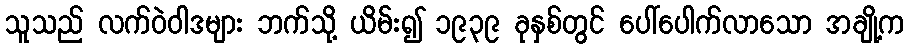
သူသည် လက်ဝဲဝါဒများ ဘက်သို့ ယိမ်း၍ ၁၉၃၉ ခုနှစ်တွင် ပေါ်ပေါက်လာသော အချို့က